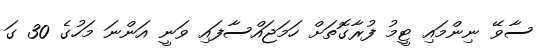
ސާވޭ ނިންމައި ޓީމު ފުރާގޮތަށް ހަމަޖައްސާފައި ވަނީ އަންނަ މަހުގެ 30 ގަ